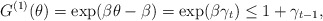
\begin{align*}G^{(1)}(\theta)=\exp(\beta\theta-\beta)=\exp(\beta \gamma_t)\le 1+\gamma_{t-1},\end{align*}